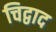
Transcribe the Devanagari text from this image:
चिद्वाद